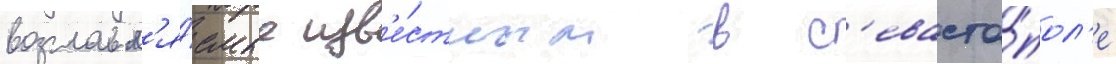
возглавл'я́емые изв'е́стным в с'евасто́пол'е